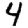
Digit: 4